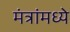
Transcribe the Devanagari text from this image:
मंत्रांमध्ये